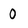
Character: 0